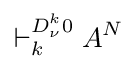
\vdash _{k}^{D_{\nu }^{k}0}A^{N}